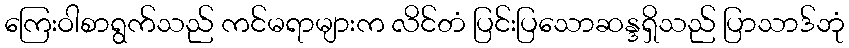
ကြေးဝါစာရွက်သည် ကင်မရာများက လိင်တံ ပြင်းပြသောဆန္ဒရှိသည် ပြာသာဒ်ဘုံ